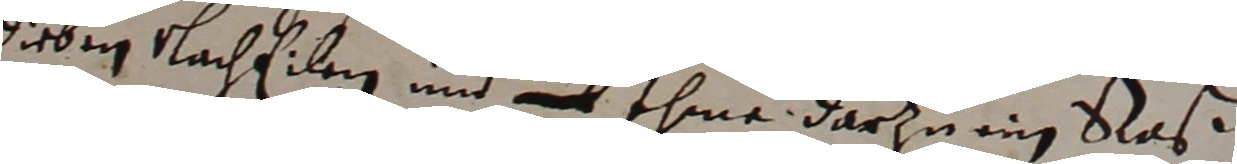
dieben lachelen und  ihme darzu in sas